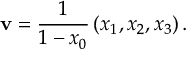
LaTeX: \mathbf { v } = { \frac { 1 } { 1 - x _ { 0 } } } \left( x _ { 1 } , x _ { 2 } , x _ { 3 } \right) .